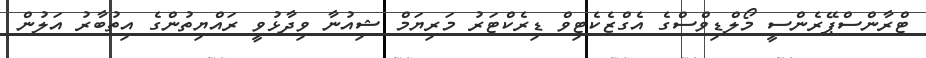
ޓްރާންސްޕޭރެންސީ މޯލްޑިވްސްގެ އެގްޒެކެޓިވް ޑިރެކްޓަރު މަރިޔަމް ޝިއުނާ ވިދާޅުވީ ރައްޔިތުންގެ އިތުބާރު އަލުން